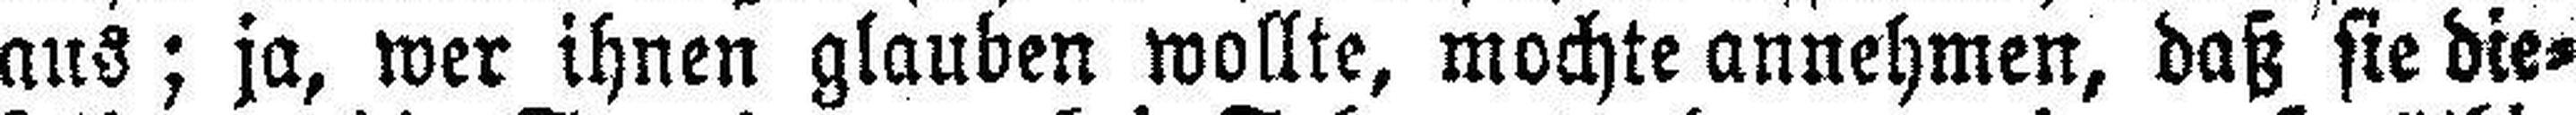
aus; ja, wer ihnen glauben wollte, mochte annehmen, daß sie die¬